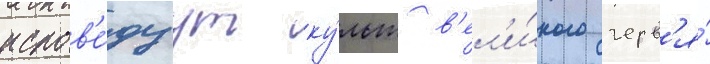
испов'е́дуут ку́льт в'ел'и́кого черв'я́